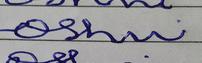
Signature authenticity: forged